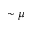
\sim \mu